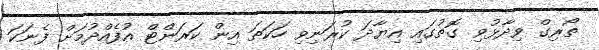
ތޯރިގް ވިދާޅުވި ގޮތުގައި އިޔާދަ ކުރަނިވި ހަކަތަ އިން ކަރަންޓް އުފެއްދުމަށް ފެނަކަ